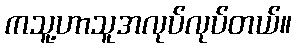
ကသူ့ဟာသူအလုပ်လုပ်တယ်။